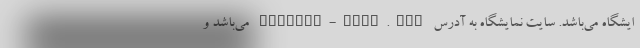
ایشگاه می‌باشد. سایت نمایشگاه به آدرس eurasia-expo.com می‌باشد و